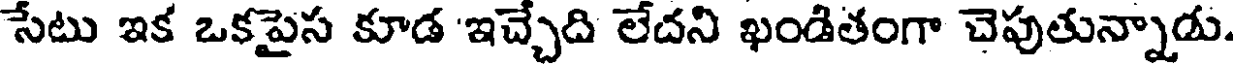
సేటు ఇక ఒకపైస కూడ 'ఇచ్చేది లేదని ఖండితంగా చెపుతున్నాడు.